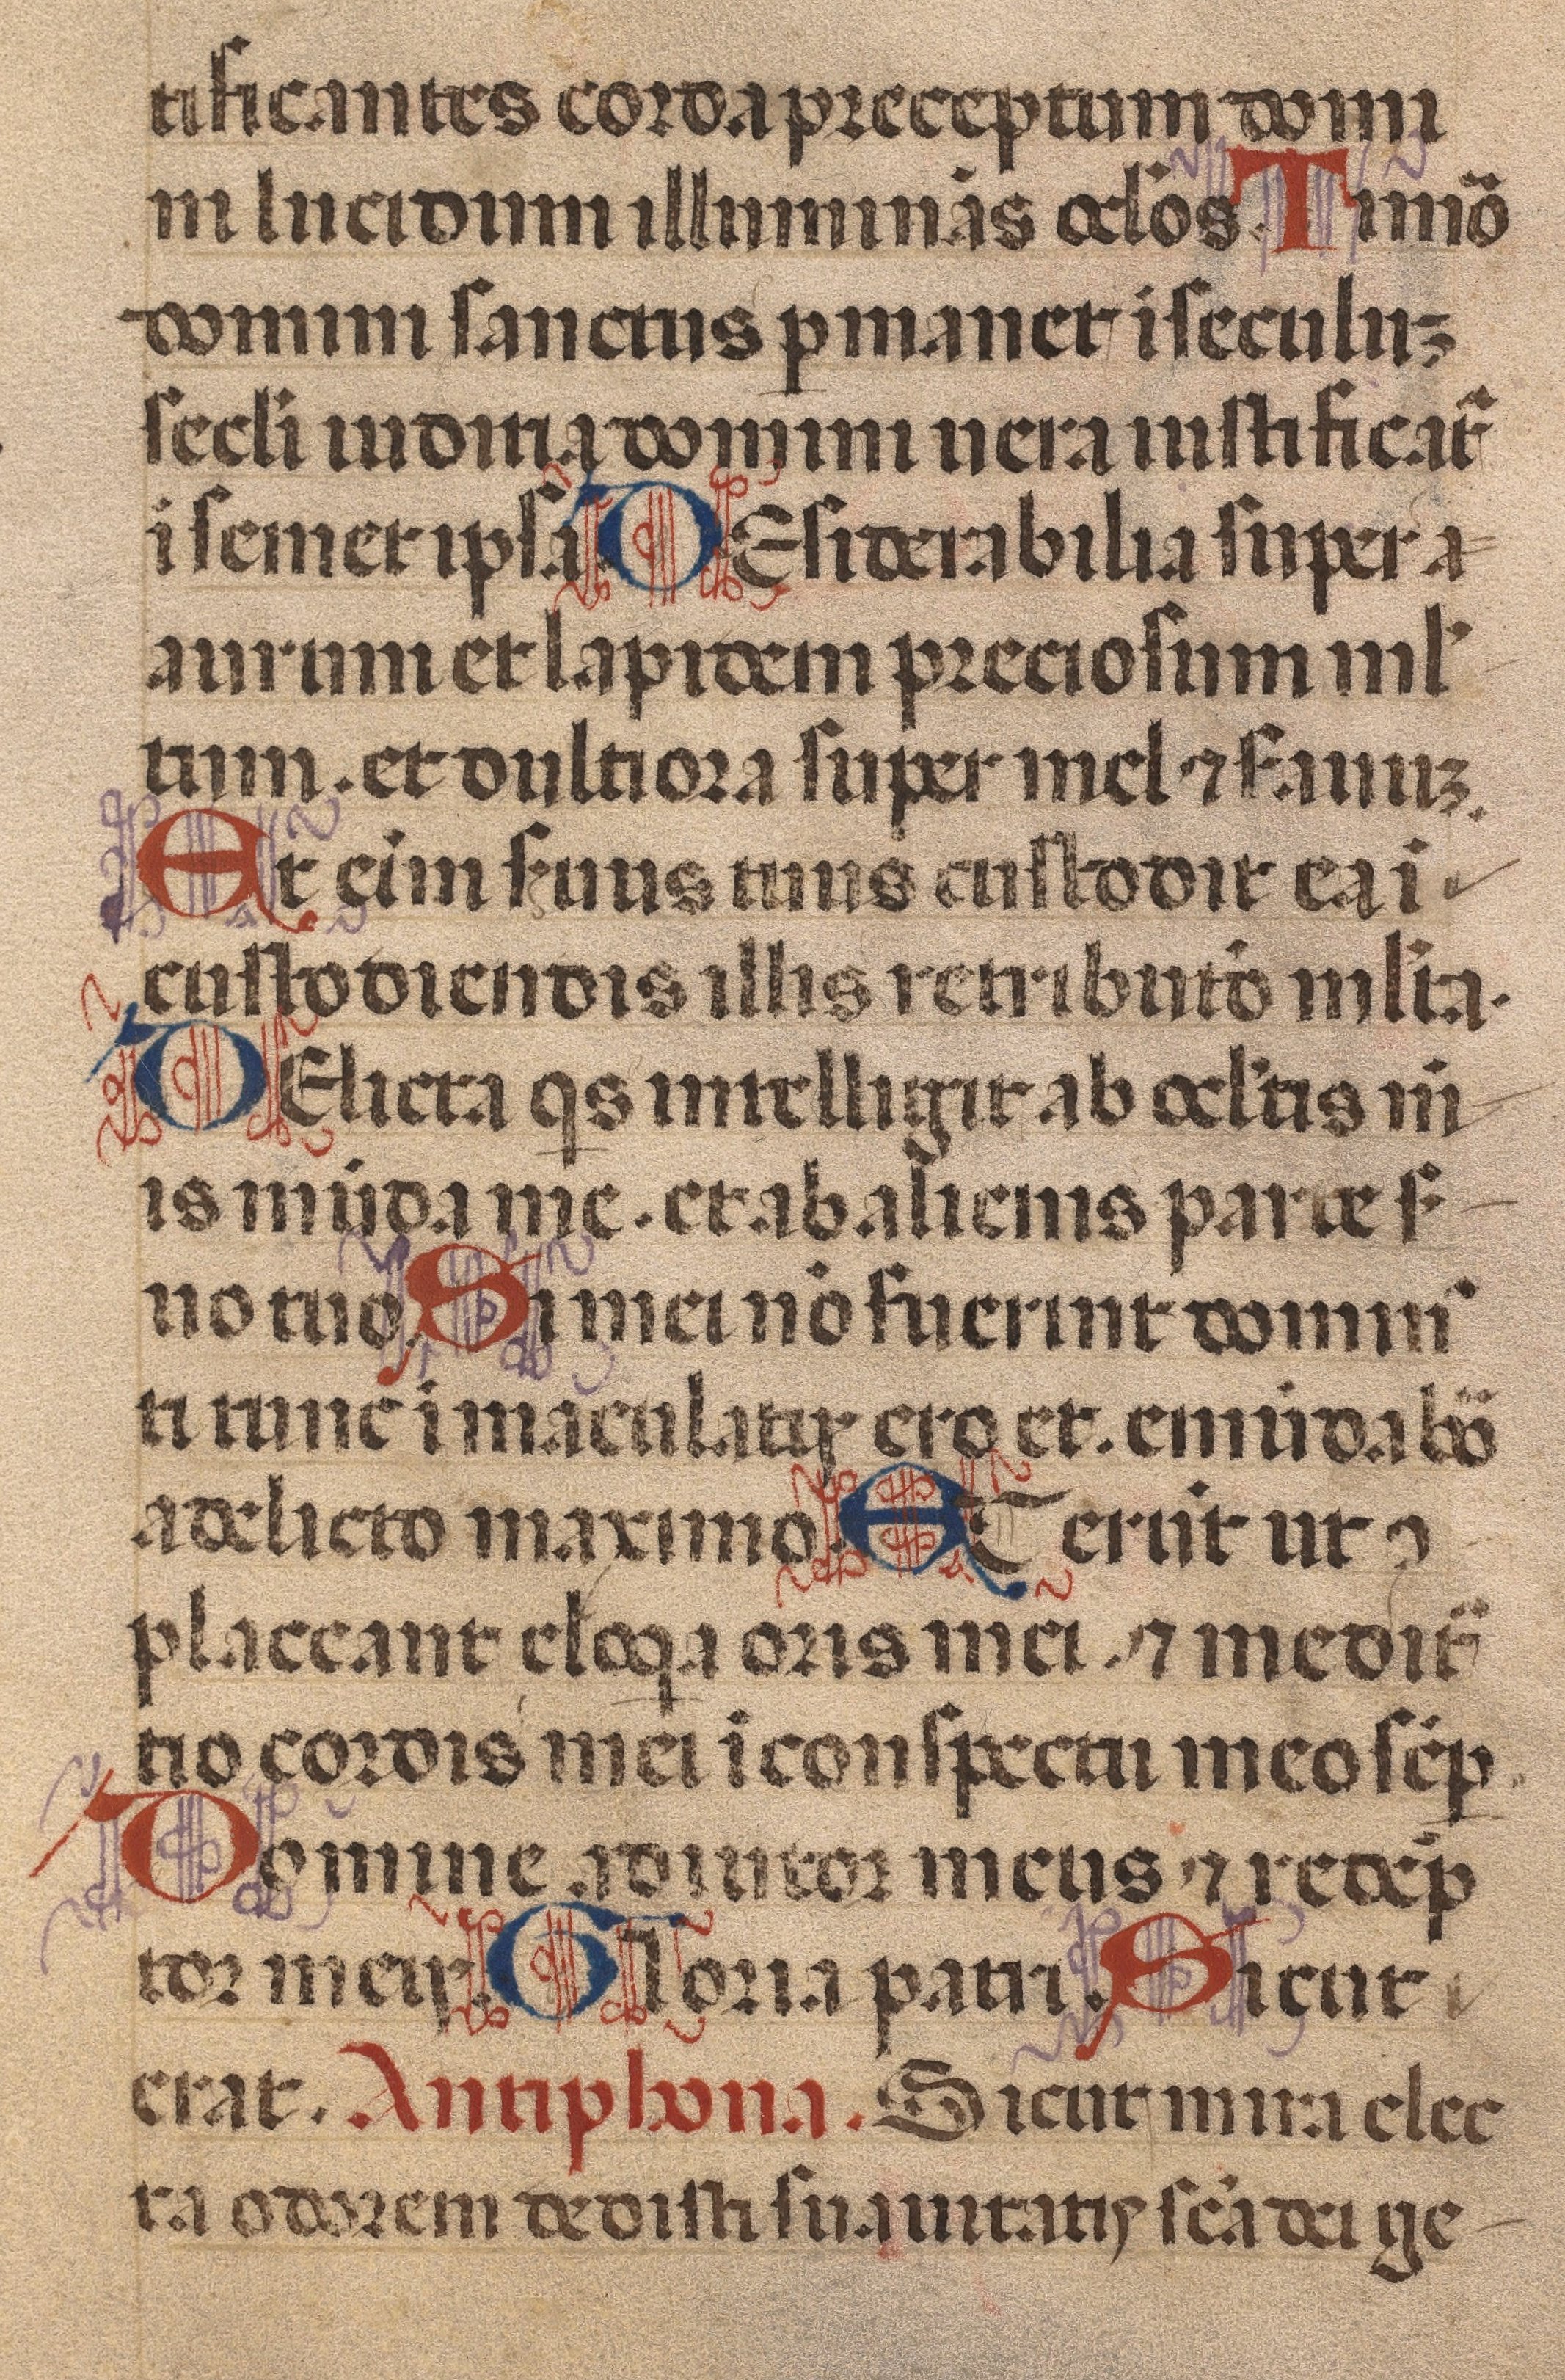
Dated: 1450–1484